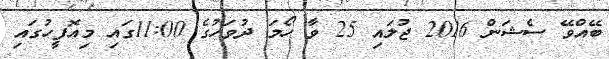
ބޭއްވޭ ސެޝަން 2016 ޖުލައި 25 ވާ ހޯމަ ދުވަހުގެ 11:00ގައިި މިއޮފީހުގައި